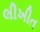
લીખીત